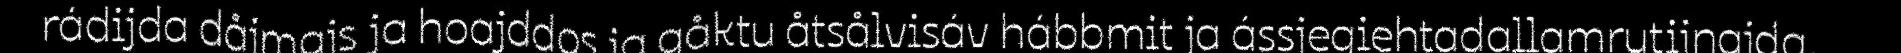
rádijda dåjmajs ja hoajddos ja gåktu åtsålvisáv hábbmit ja ássjegiehtadallamrutijnajda.